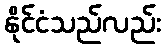
နိုင်ငံသည်လည်း